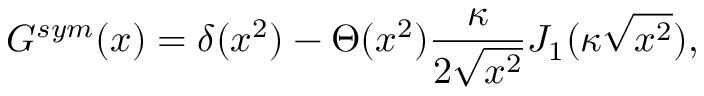
G ^ { s y m } ( x ) = \delta ( x ^ { 2 } ) - \Theta ( x ^ { 2 } ) \frac { \kappa } { 2 \sqrt { x ^ { 2 } } } J _ { 1 } ( \kappa \sqrt { x ^ { 2 } } ) ,